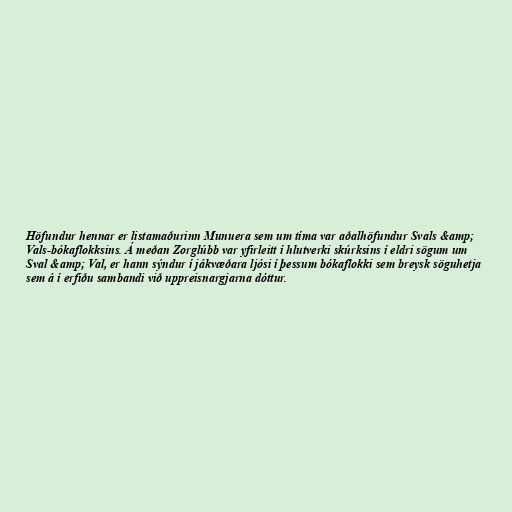
Höfundur hennar er listamaðurinn Munuera sem um tíma var aðalhöfundur Svals &amp;
Vals-bókaflokksins. Á meðan Zorglúbb var yfirleitt í hlutverki skúrksins í eldri sögum um
Sval &amp; Val, er hann sýndur í jákvæðara ljósi í þessum bókaflokki sem breysk söguhetja
sem á í erfiðu sambandi við uppreisnargjarna dóttur.